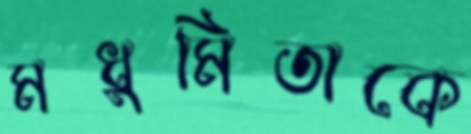
মধুমিতাকে